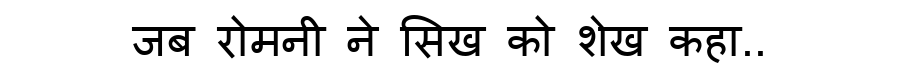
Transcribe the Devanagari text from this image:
जब रोमनी ने सिख को शेख कहा..